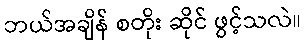
ဘယ်အချိန် စတိုး ဆိုင် ဖွင့်သလဲ။